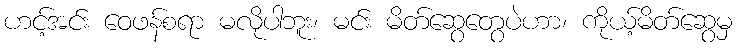
ဟင့်အင်း ဝေဖန်စရာ မလိုပါဘူး၊ မင်း မိတ်ဆွေတွေပဲဟာ၊ ကိုယ့်မိတ်ဆွေမှ